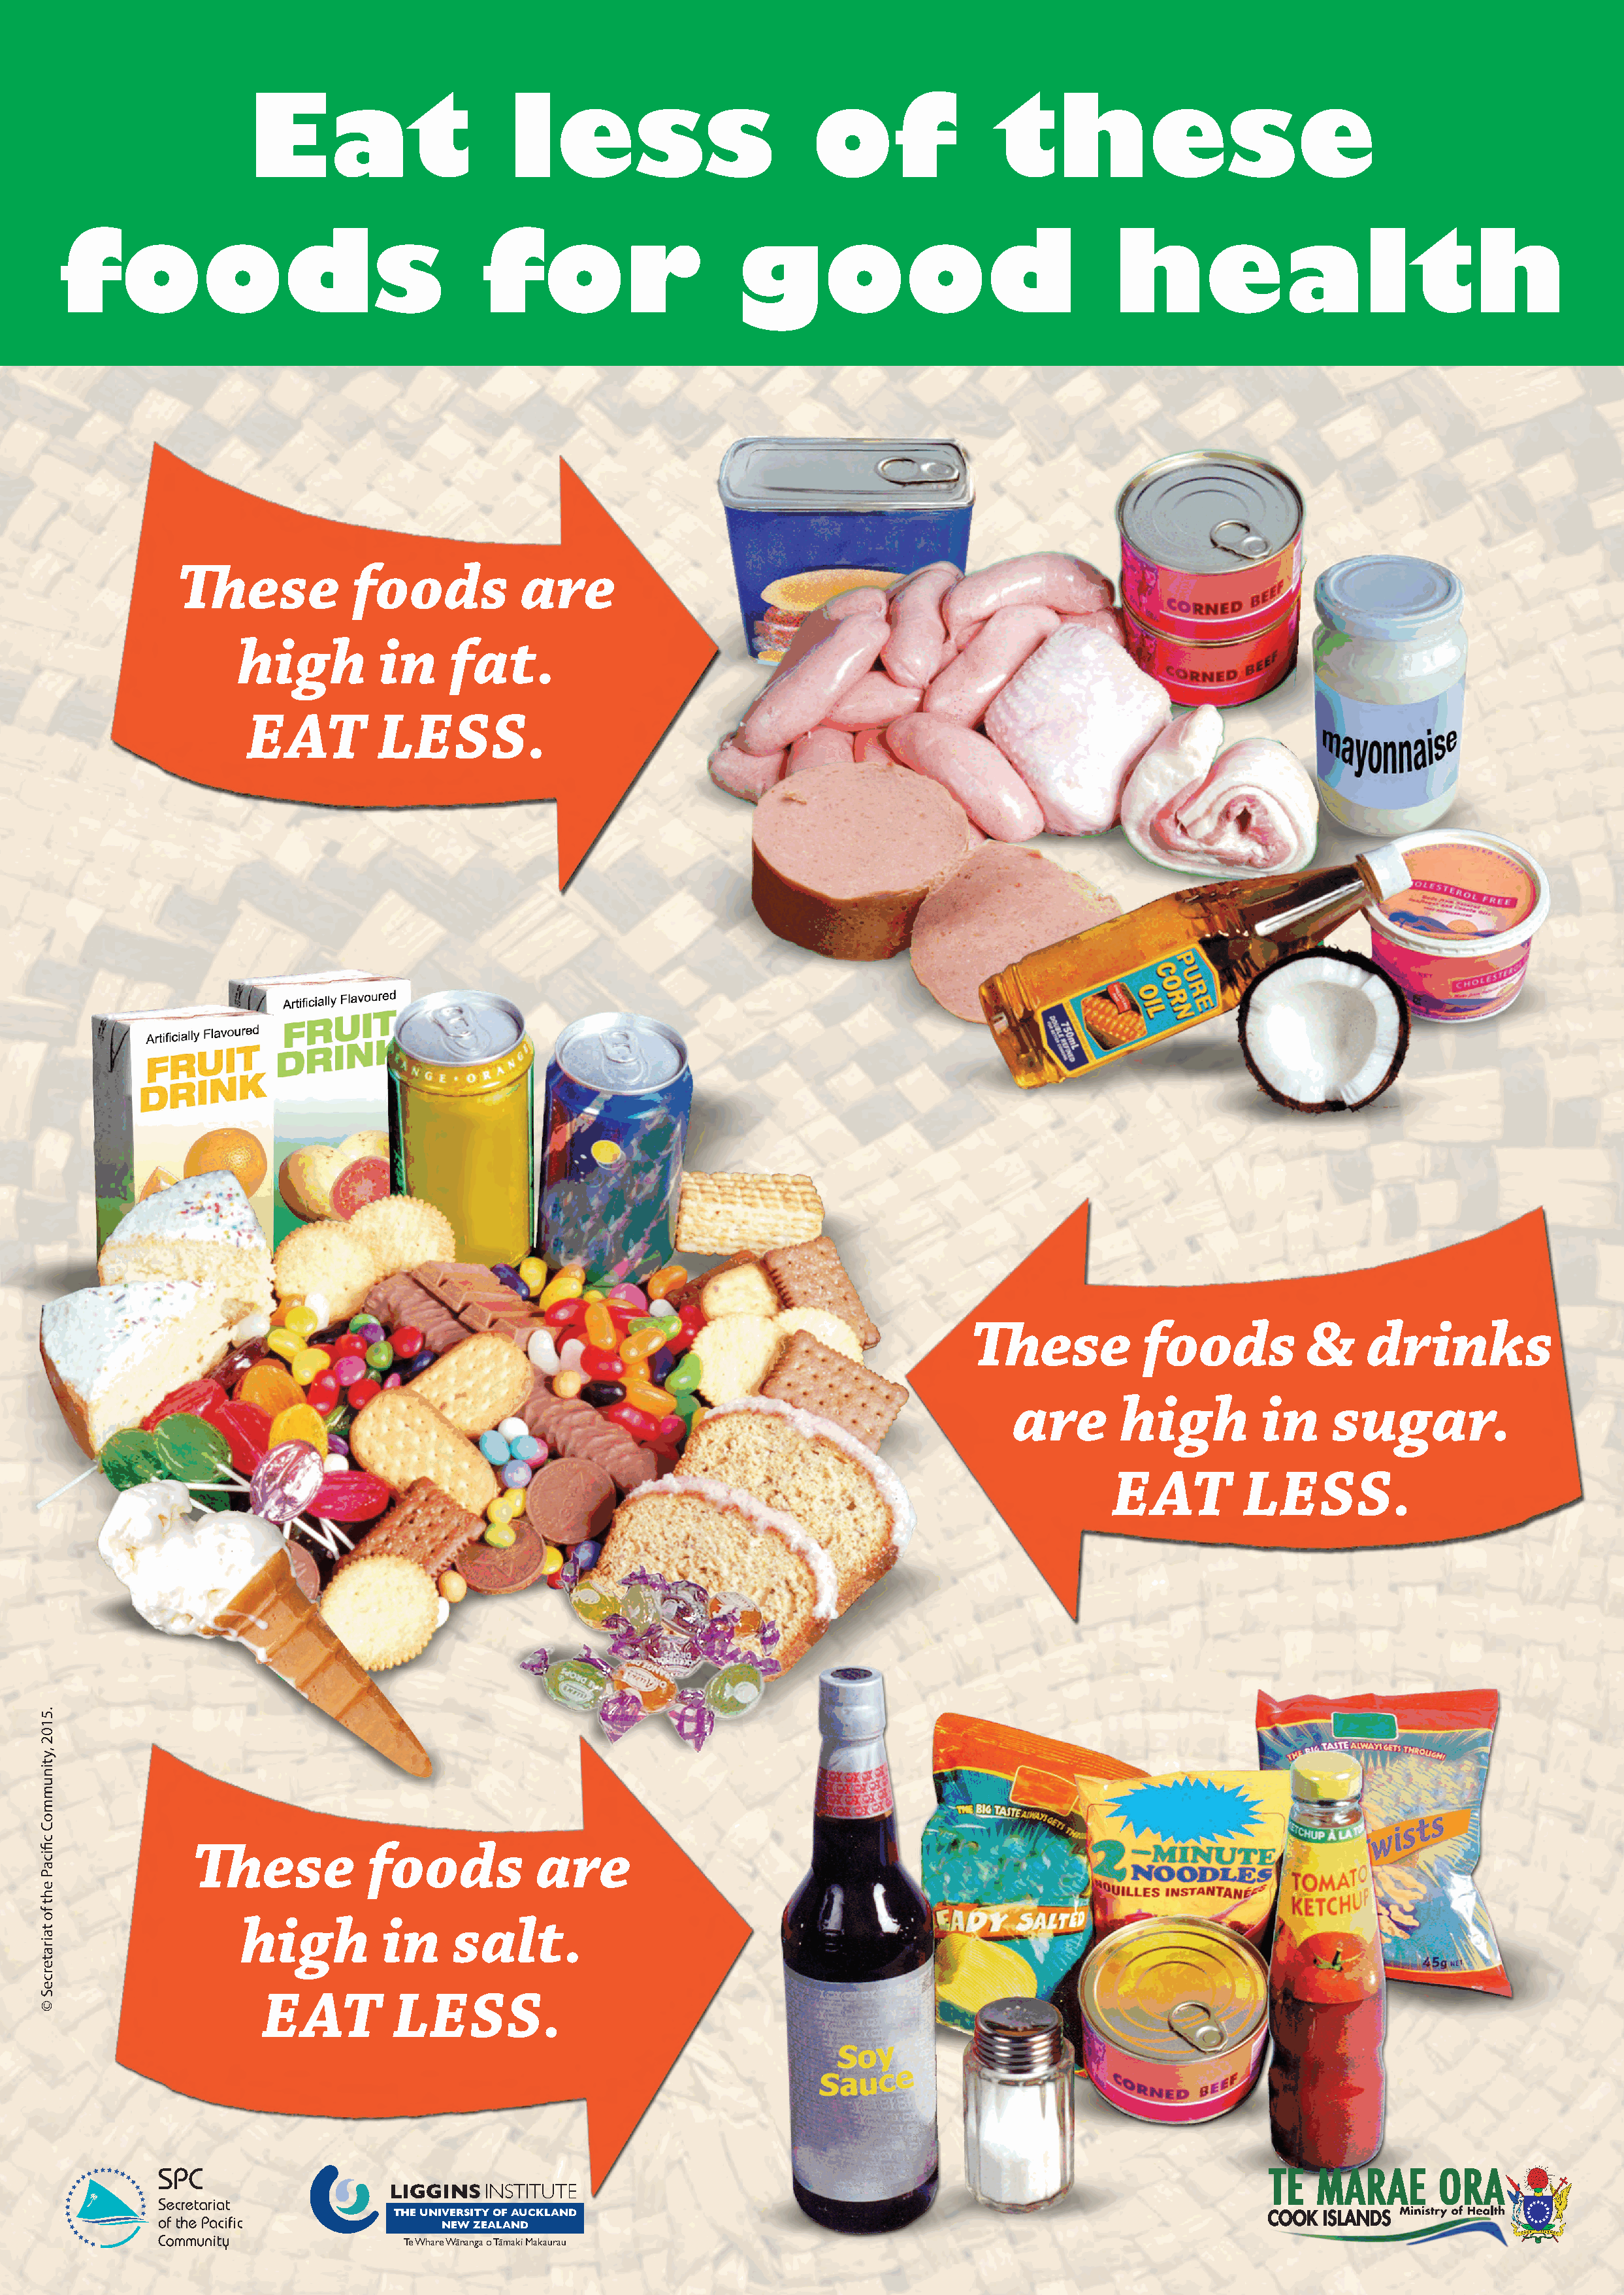
Eat                        less                          of                 these
 foods                                      for                       good                                  health
 These             foods            are
 high          in     fat.
 EAT          LESS.
 These             foods           &     drinks
 are       high           in     sugar.
 EAT          LESS.
 These            foods            are
 high           in     salt.
 EAT           LESS.
 LIGGINSINSTITUTE
 THE UNIVERSITY OF AUCKLAND
 NEW ZEALAND
 Te Whare Wananga o Tamaki Makaurau
 Cook-4-Healthy-Eating-Posters.indd 1                                                                                                                         15/05/15 14:25
 .5102
 ,ytinummoC
 cfiicaP
 eht
 fo
 tairaterceS
 ©